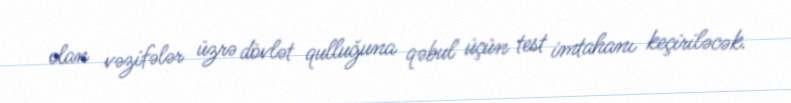
olan vəzifələr üzrə dövlət qulluğuna qəbul üçün test imtahanı keçiriləcək.